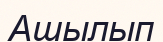
Ашылып